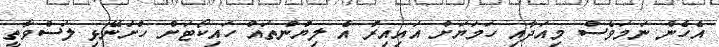
އެހެން ނަމަވެސް މިއަދާއި ހަމަޔަށް އައިއިރު އެ ލިޔުންތައް ހައިކޯޓަށް ހުށަނޭޅި ލަސްވާތީ